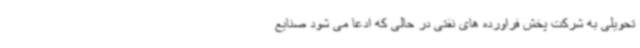
تحویلی به شرکت پخش فراورده های نفتی در حالی که ادعا می شود صنایع